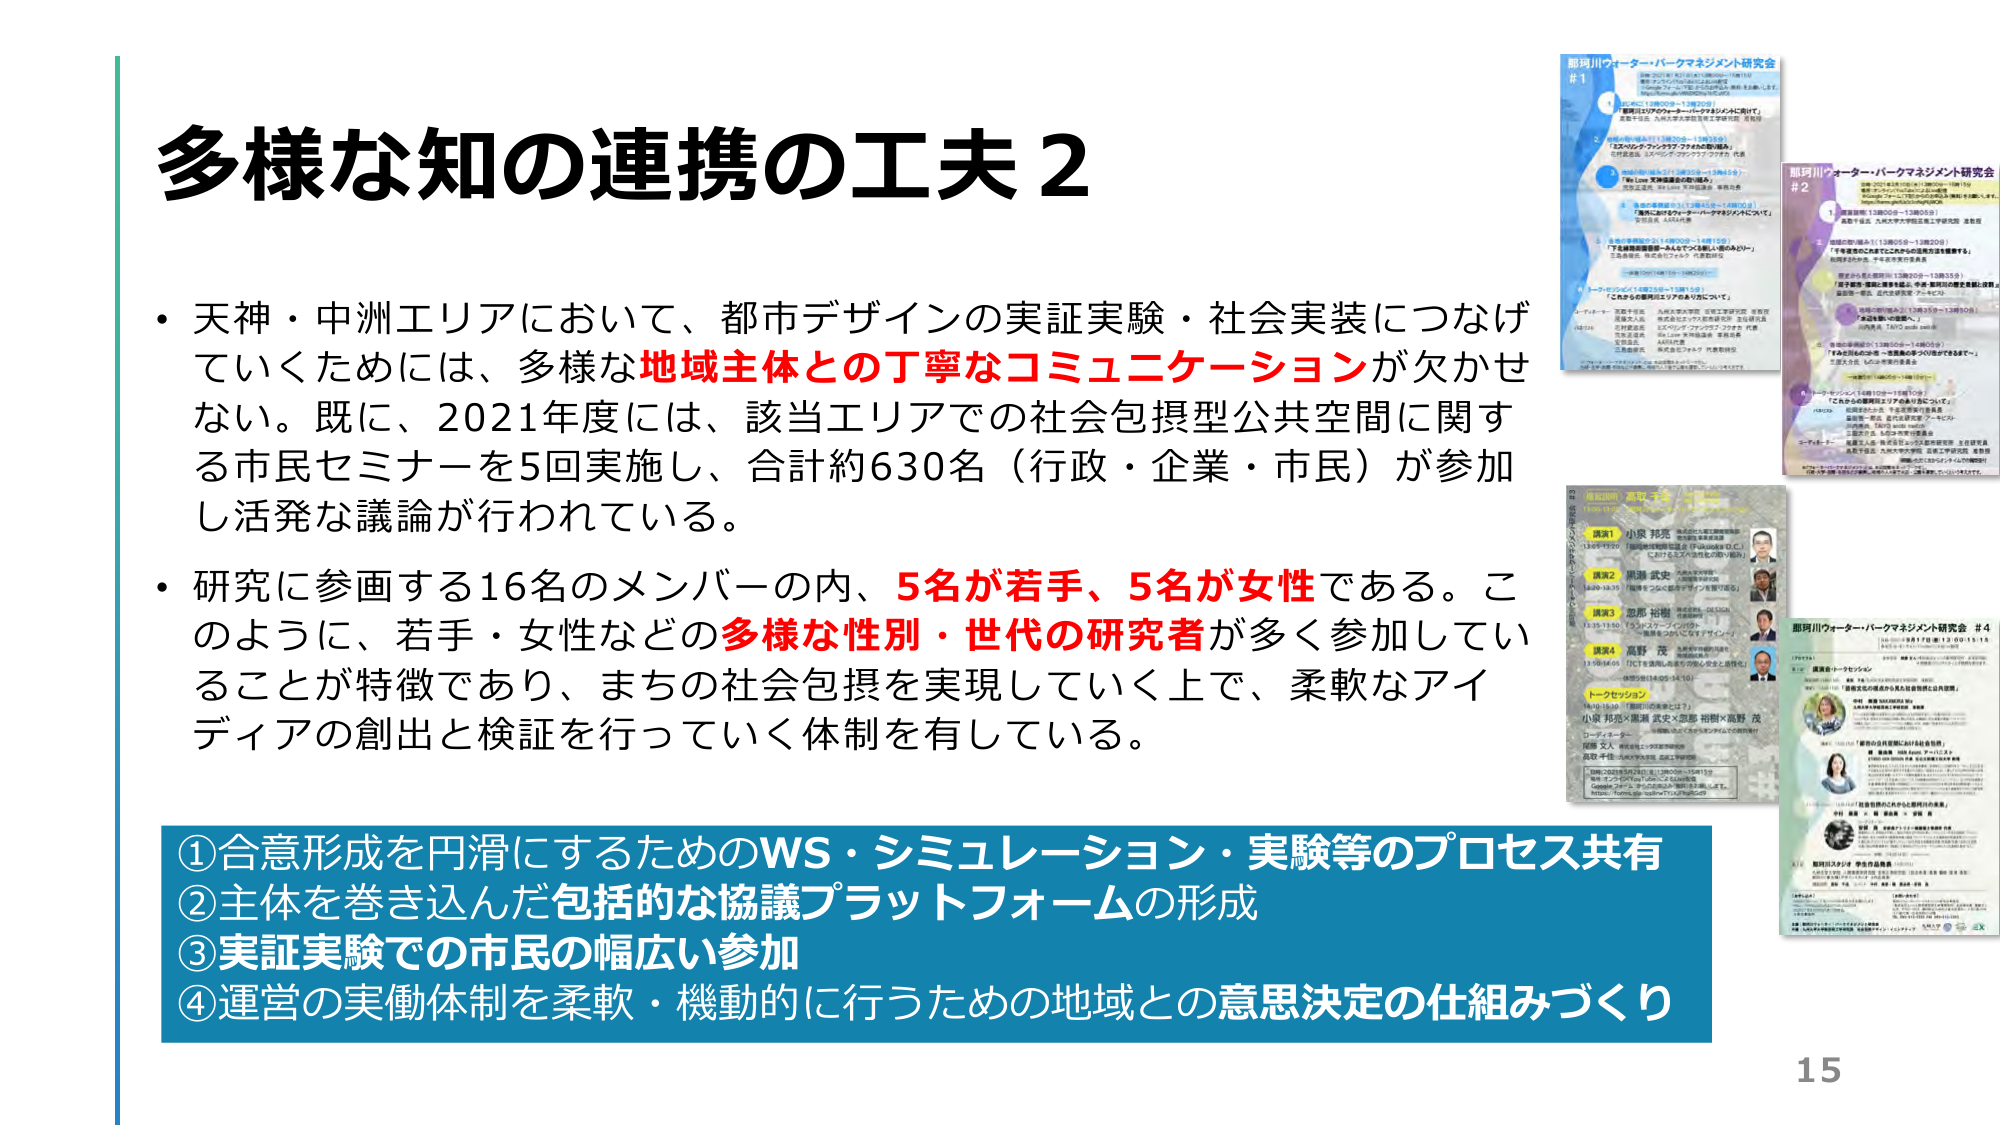
多様な知の連携の工夫２

・天神・中洲エリアにおいて、都市デザインの実証実験・社会実装につなげていくためには、多様な地域主体との丁寧なコミュニケーションが欠かせない。既に、2021年度には、該当エリアでの社会包摂型公共空間に関する市民セミナーを5回実施し、合計約630名（行政・企業・市民）が参加し活発な議論が行われている。

・研究に参画する16名のメンバーの内、5名が若手、5名が女性である。このように、若手・女性などの多様な性別・世代の研究者が多く参加していることが特徴であり、まちの社会包摂を実現していく上で、柔軟なアイディアの創出と検証を行っていく体制を有している。

①合意形成を円滑にするためのWS・シミュレーション・実験等のプロセス共有
②主体を巻き込んだ包括的な協議プラットフォームの形成
③実証実験での市民の幅広い参加
④運営の実働体制を柔軟・機動的に行うための地域との意思決定の仕組みづくり

都河川ウォーターパークマネジメント研究会
#1
13:00-13:30 開会挨拶
13:30-14:00 「都市デザインの公共空間のあり方について」
14:00-14:30 「都市デザインの公共空間のあり方について」
14:30-15:00 「都市デザインの公共空間のあり方について」
15:00-15:30 休憩
15:30-16:00 「都市デザインの公共空間のあり方について」
16:00-16:30 「都市デザインの公共空間のあり方について」
16:30-17:00 閉会挨拶

都河川ウォーターパークマネジメント研究会
#2
13:00-13:30 開会挨拶
13:30-14:00 「都市デザインの公共空間のあり方について」
14:00-14:30 「都市デザインの公共空間のあり方について」
14:30-15:00 「都市デザインの公共空間のあり方について」
15:00-15:30 休憩
15:30-16:00 「都市デザインの公共空間のあり方について」
16:00-16:30 「都市デザインの公共空間のあり方について」
16:30-17:00 閉会挨拶

都河川ウォーターパークマネジメント研究会
#3
13:00-13:30 開会挨拶
13:30-14:00 「都市デザインの公共空間のあり方について」
14:00-14:30 「都市デザインの公共空間のあり方について」
14:30-15:00 「都市デザインの公共空間のあり方について」
15:00-15:30 休憩
15:30-16:00 「都市デザインの公共空間のあり方について」
16:00-16:30 「都市デザインの公共空間のあり方について」
16:30-17:00 閉会挨拶

都河川ウォーターパークマネジメント研究会
#4
13:00-13:30 開会挨拶
13:30-14:00 「都市デザインの公共空間のあり方について」
14:00-14:30 「都市デザインの公共空間のあり方について」
14:30-15:00 「都市デザインの公共空間のあり方について」
15:00-15:30 休憩
15:30-16:00 「都市デザインの公共空間のあり方について」
16:00-16:30 「都市デザインの公共空間のあり方について」
16:30-17:00 閉会挨拶

15